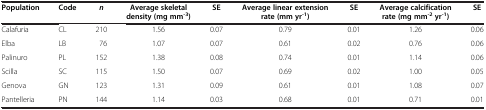
| Population | Code | n | Average skeletal density (mg mm-3) | SE | Average linear extension rate (mm yr-1) | SE | Average calcification rate (mg mm-2yr-1) | SE |
 | --- | --- | --- | --- | --- | --- | --- | --- | --- |
 | Calafuria | CL | 210 | 1.56 | 0.07 | 0.79 | 0.01 | 1.26 | 0.06 |
 | Elba | LB | 76 | 1.07 | 0.07 | 0.61 | 0.02 | 0.76 | 0.06 |
 | Palinuro | PL | 152 | 1.38 | 0.08 | 0.74 | 0.01 | 1.14 | 0.06 |
 | Scilla | SC | 115 | 1.50 | 0.07 | 0.69 | 0.02 | 1.00 | 0.05 |
 | Genova | GN | 123 | 1.31 | 0.09 | 0.61 | 0.01 | 1.08 | 0.07 |
 | Pantelleria | PN | 144 | 1.14 | 0.03 | 0.68 | 0.01 | 0.71 | 0.01 |